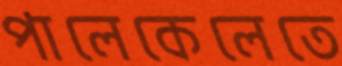
পালেকেলেতে